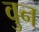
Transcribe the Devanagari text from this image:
वुन